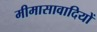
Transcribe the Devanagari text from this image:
मीमासावादियों